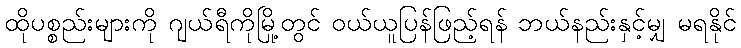
ထိုပစ္စည်းများကို ဂျယ်ရီကိုမြို့တွင် ဝယ်ယူပြန်ဖြည့်ရန် ဘယ်နည်းနှင့်မျှ မရနိုင်